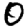
Digit: 0